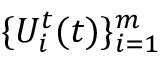
\{ U _ { i } ^ { t } ( t ) \} _ { i = 1 } ^ { m }